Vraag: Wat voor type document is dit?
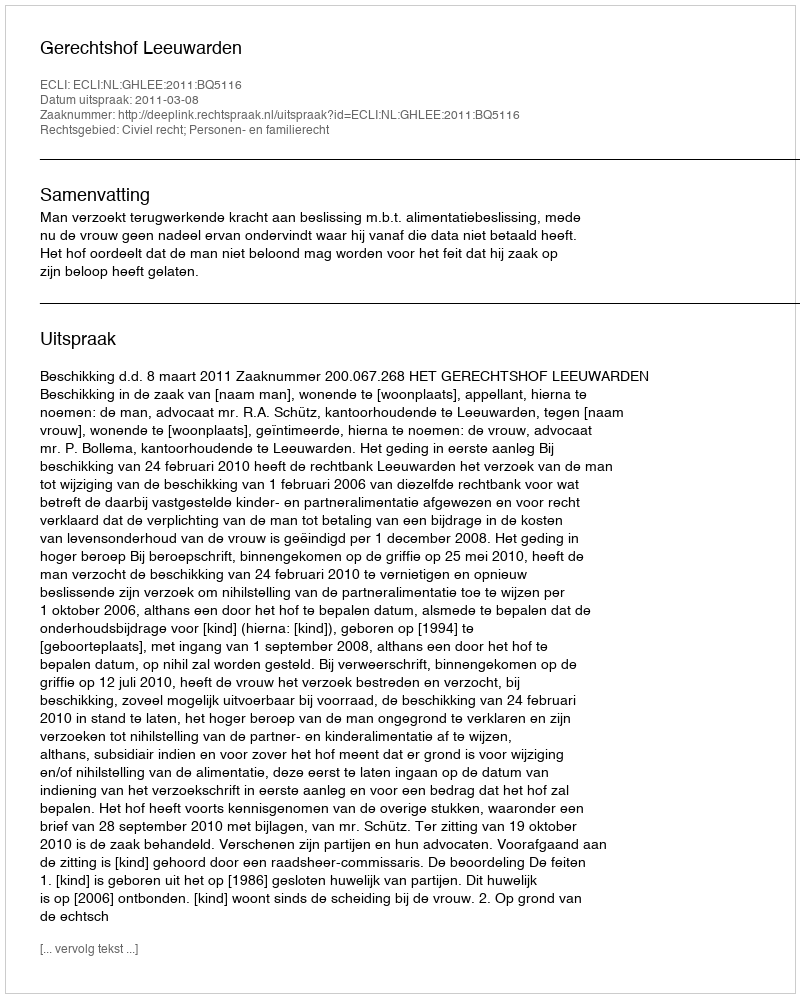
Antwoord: Uitspraak